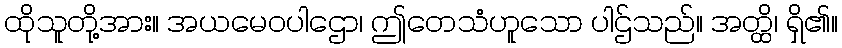
ထိုသူတို့အား။ အယမေဝပါဌော၊ ဤတေသံဟူသော ပါဌ်သည်။ အတ္ထိ၊ ရှိ၏။